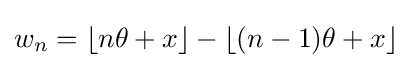
w_{n}=\lfloor n\theta +x\rfloor -\lfloor (n-1)\theta +x\rfloor